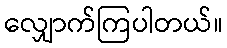
လျှောက်ကြပါတယ်။